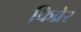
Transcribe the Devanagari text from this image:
फिब्रेर